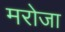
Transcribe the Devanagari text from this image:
मरोजा